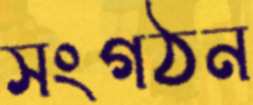
সংগঠন